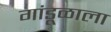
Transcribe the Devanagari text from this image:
गांडूळाला